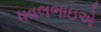
ધવલભાઇએ